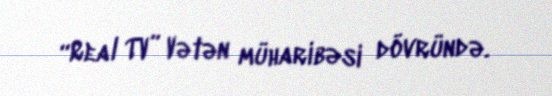
“Real TV” Vətən müharibəsi dövründə.